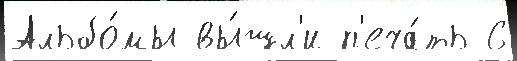
Альбо́мы вы́шл'и п'еча́ть 6